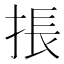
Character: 掁